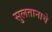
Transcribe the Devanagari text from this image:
सुलतानाचे